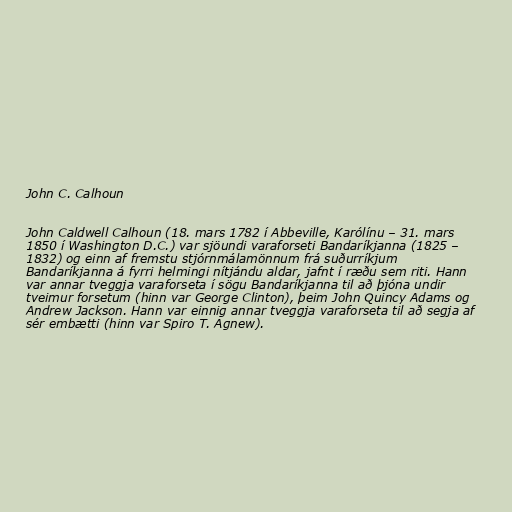
John C. Calhoun

John Caldwell Calhoun (18. mars 1782 í Abbeville, Karólínu – 31. mars
1850 í Washington D.C.) var sjöundi varaforseti Bandaríkjanna (1825 –
1832) og einn af fremstu stjórnmálamönnum frá suðurríkjum
Bandaríkjanna á fyrri helmingi nítjándu aldar, jafnt í ræðu sem riti. Hann
var annar tveggja varaforseta í sögu Bandaríkjanna til að þjóna undir
tveimur forsetum (hinn var George Clinton), þeim John Quincy Adams og
Andrew Jackson. Hann var einnig annar tveggja varaforseta til að segja af
sér embætti (hinn var Spiro T. Agnew).